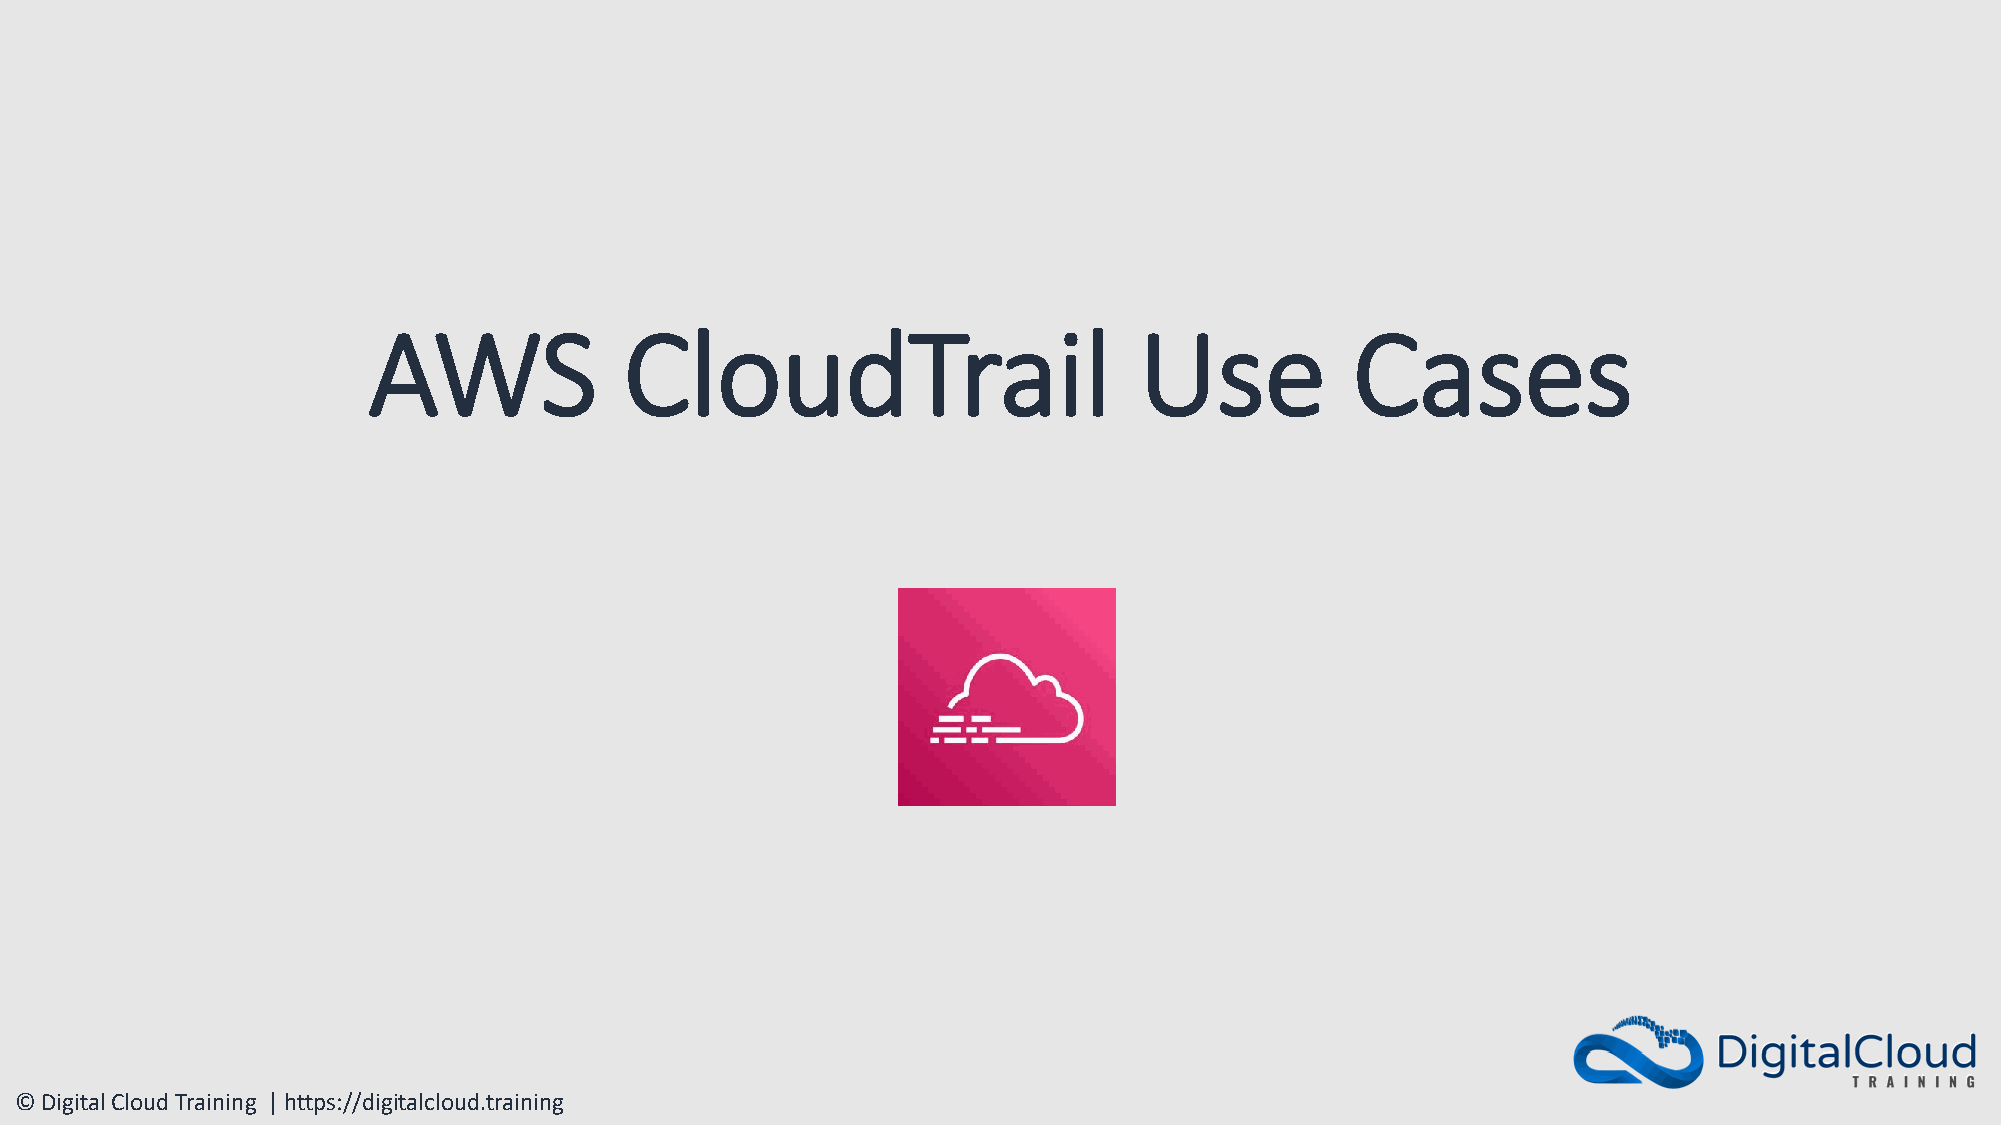
AWS              CloudTrail                        Use            Cases
 © Digital Cloud Training | https://digitalcloud.training